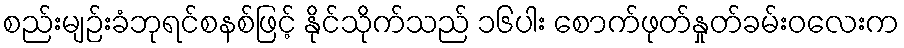
စည်းမျဉ်းခံဘုရင်စနစ်ဖြင့် နိုင်သိုက်သည် ၁၆ပါး စောက်ဖုတ်နှုတ်ခမ်းဝလေးက